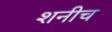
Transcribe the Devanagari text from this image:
शनीच